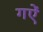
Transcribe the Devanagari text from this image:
गऐं